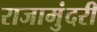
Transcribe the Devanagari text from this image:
राजामुंदरी